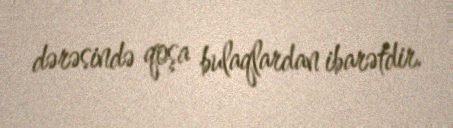
dərəsində qoşa bulaqlardan ibarətdir.